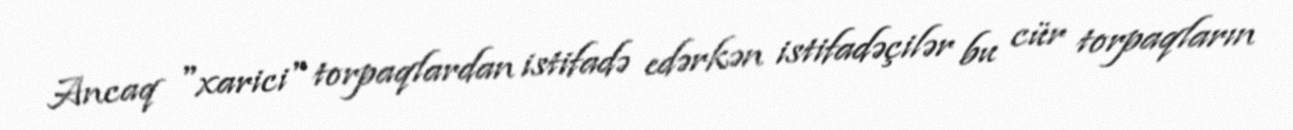
Ancaq "xarici" torpaqlardan istifadə edərkən istifadəçilər bu cür torpaqların